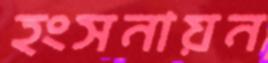
হংসনায়ন